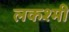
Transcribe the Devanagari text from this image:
लकश्मी